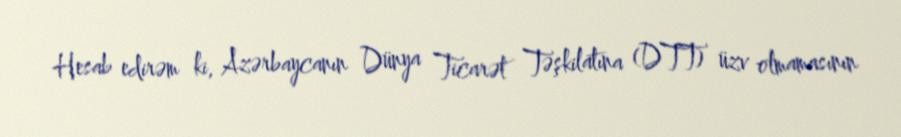
Hesab edirəm ki, Azərbaycanın Dünya Ticarət Təşkilatına (DTT) üzv olmamasının